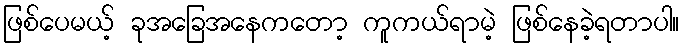
ဖြစ်ပေမယ့် ခုအခြေအနေကတော့ ကူကယ်ရာမဲ့ ဖြစ်နေခဲ့ရတာပါ။